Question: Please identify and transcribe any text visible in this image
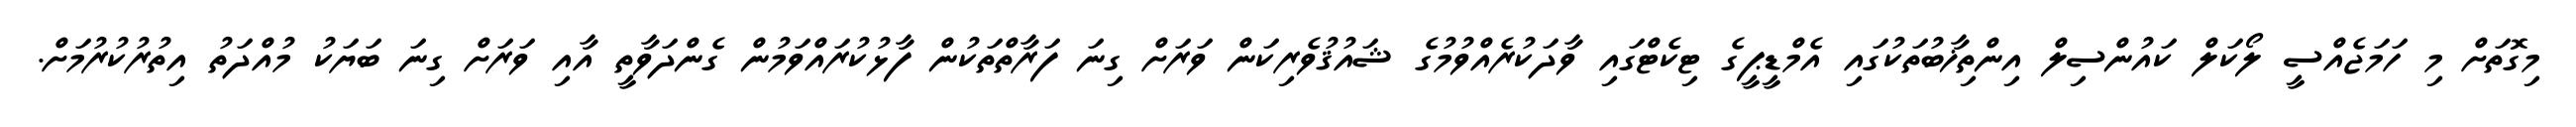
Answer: މިގޮތަށް މި ހަމަޖެއްސީ ލޯކަލް ކައުންސިލް އިންތިޚާބުތަކުގައި އެމްޑީޕީގެ ޓިކެޓްގައި ވާދަކުރެއްވުމުގެ ޝައުޤުވެރިކަން ވަރަށް ގިނަ ފަރާތްތަކުން ފާޅުކުރައްވަމުން ގެންދަވާތީ އާއި ވަރަށް ގިނަ ބަޔަކު މުއްދަތު އިތުރުކުރުމަށް.